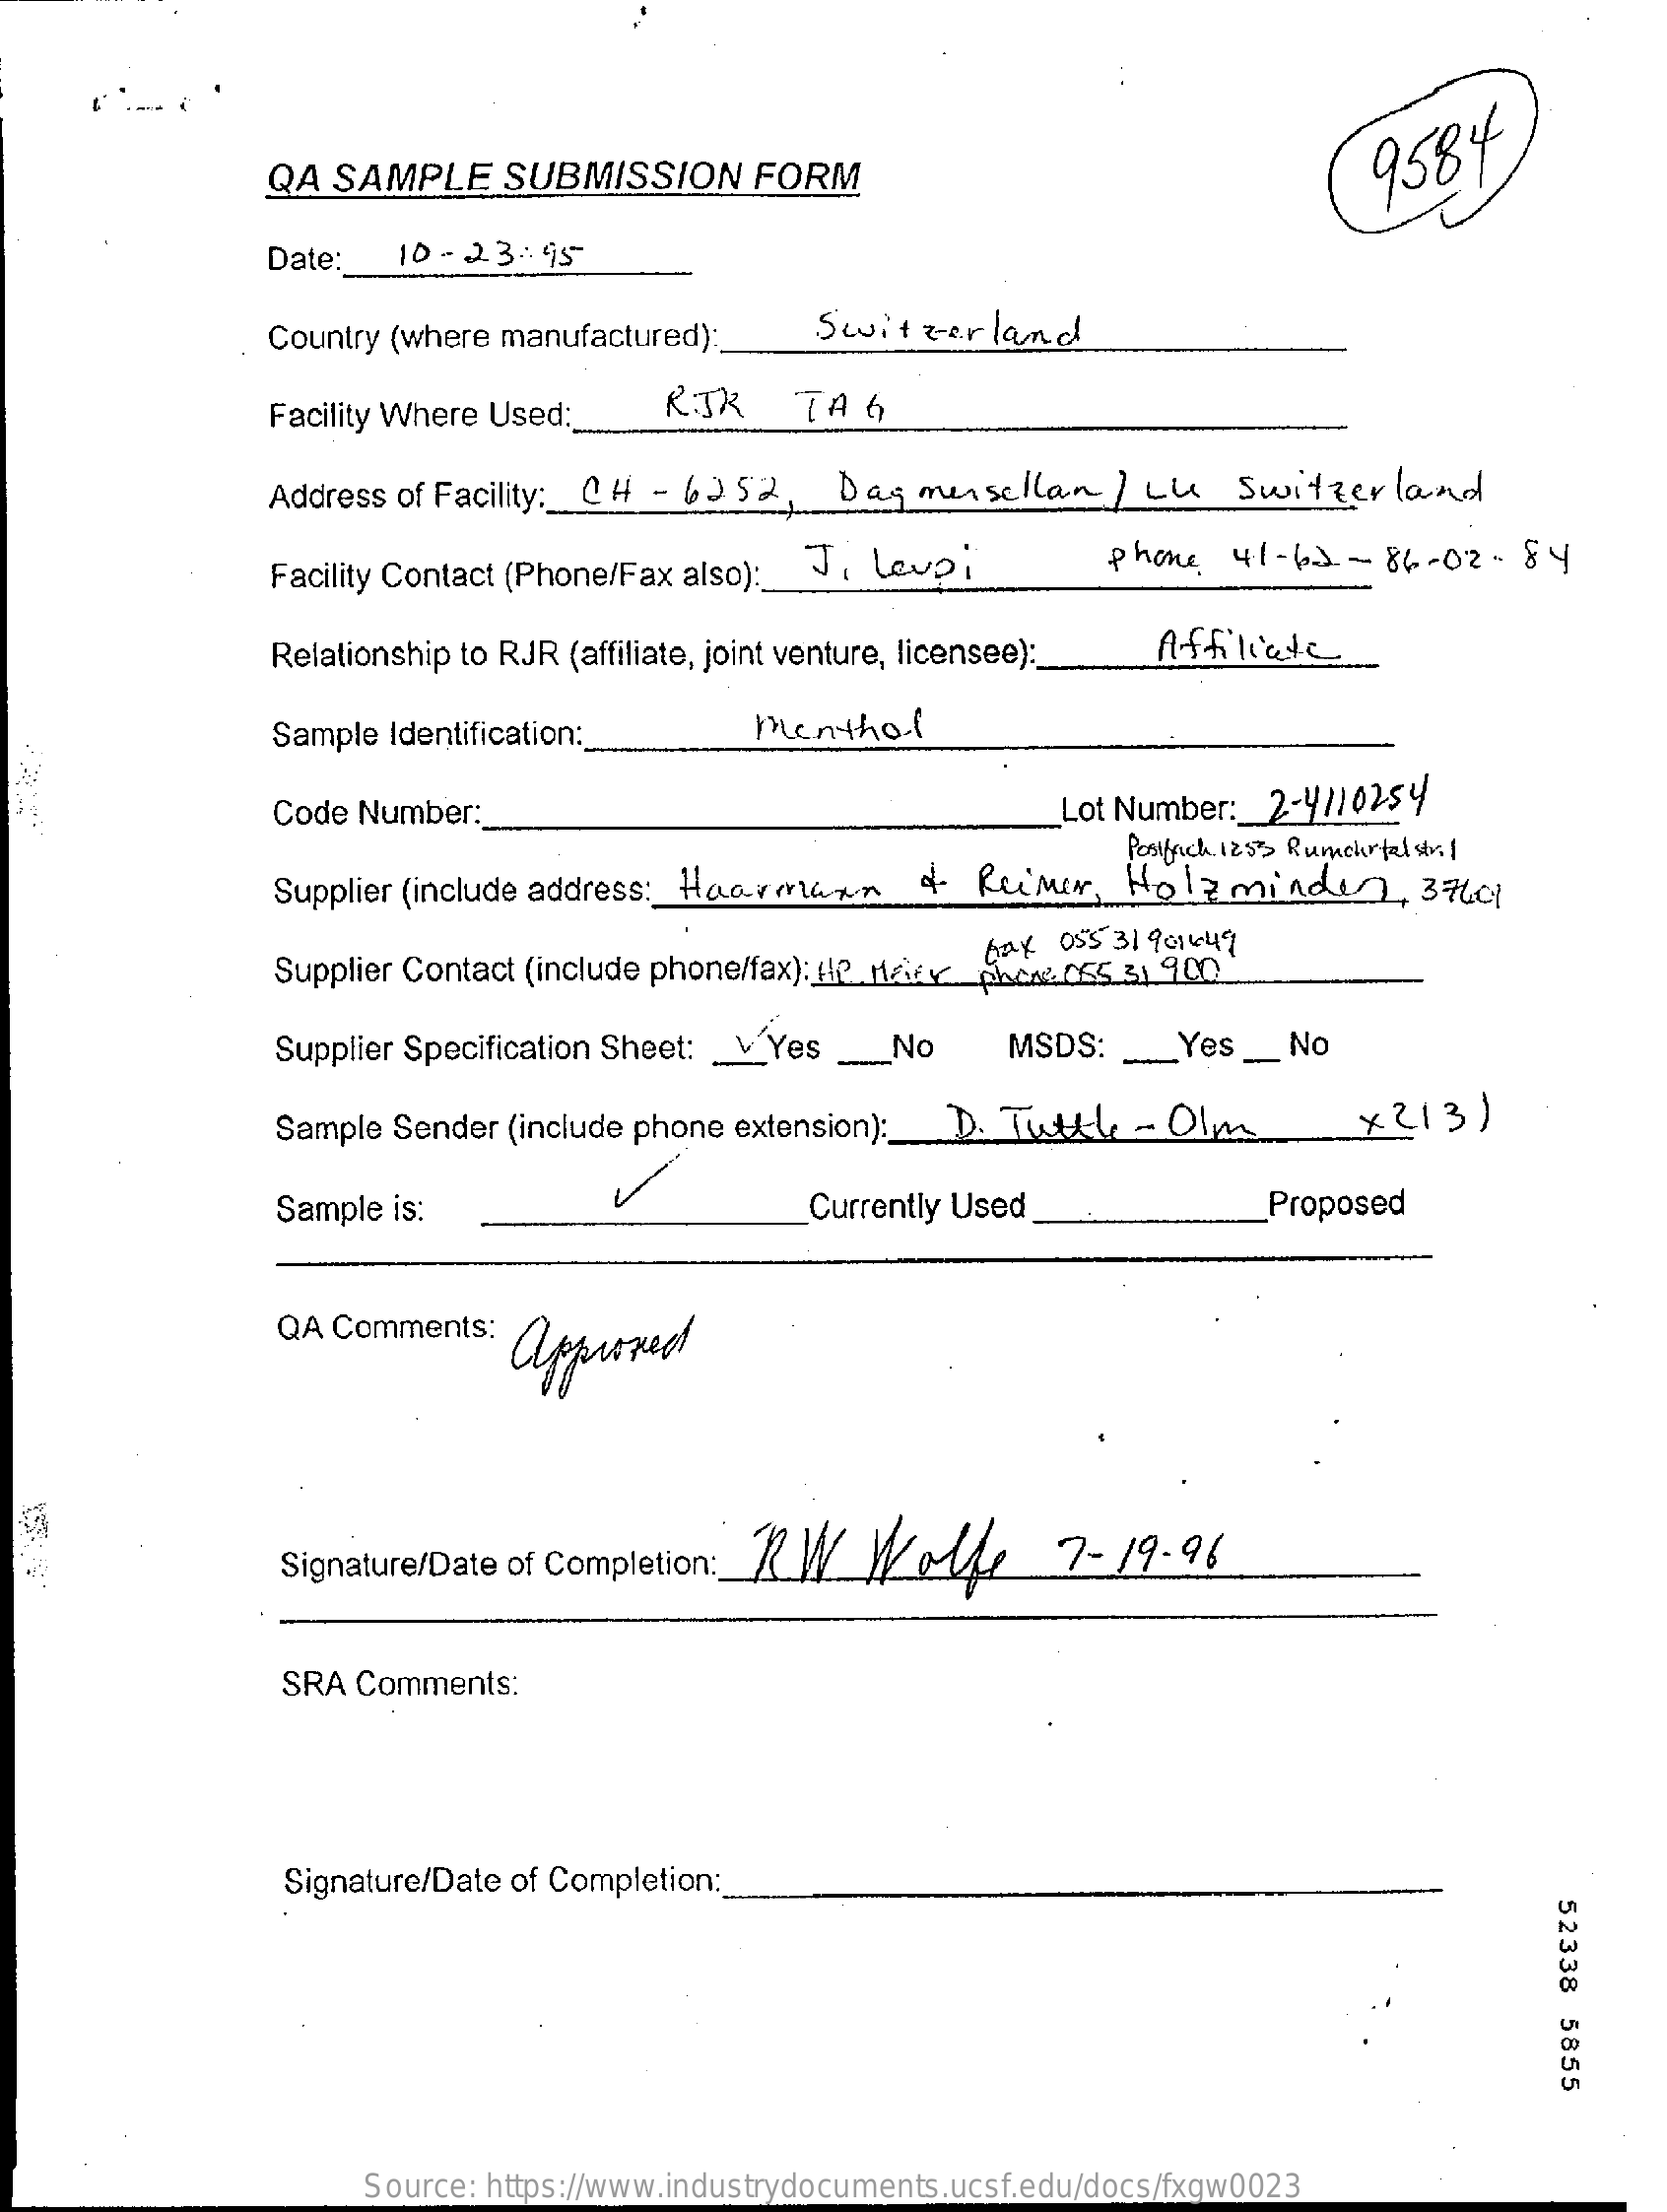
QA SAMPLE    SUBMISSION    FORM    9584
     Date:   10- 23:95
     Country (where manufactured):   Switzerland
     Facility Where Used:   RIK    TAG
     Address of Facility :_ CH - 6352, Dag mensellan / LU  Switzerland
     Facility Contact (Phone/Fax also): J, Levoi    phone  41-62  - 86-02- 84
     Relationship to RJR (affiliate, joint venture, licensee): Affiliate
     Sample Identification:    menthol
     Code Number:    Lot Number: 2-41/02.54
     Supplier (include address :_ Haarmann of Reimer,
     Postfach. 1253 Rumchrtelstr. 1
     Holzminden,    37601
     fax 055 31901449
     Supplier Contact (include phone/fax):HP Mary dAca2 055 3) 900
     Supplier Specification Sheet: _ Yes _No  MSDS:  _Yes   _ No
     Sample Sender (include phone extension) :_ D. Tutte -- Olms  * 213)
     Sample is:    Currently Used    Proposed
     QA Comments:
     approved
     Signature/Date of Completion: RW Wolle    7 - 19.96
     SRA Comments:
     Signature/Date of Completion:
     52338
     5855
     Source: https://www.industrydocuments.ucsf.edu/docs/fxgw0023